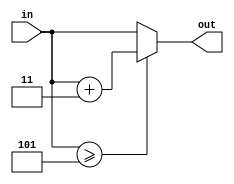
module add3(
input [3:0] in,
output [3:0] out
);

assign out=
(in>=4'b0101)?in+4'b0011:in;


endmodule